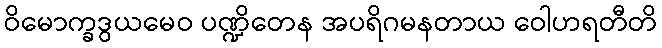
ဝိမောက္ခဒွယမေဝ ပဏ္ဍိတေန အပရိဂမနတာယ ဝေါဟရတီတိ